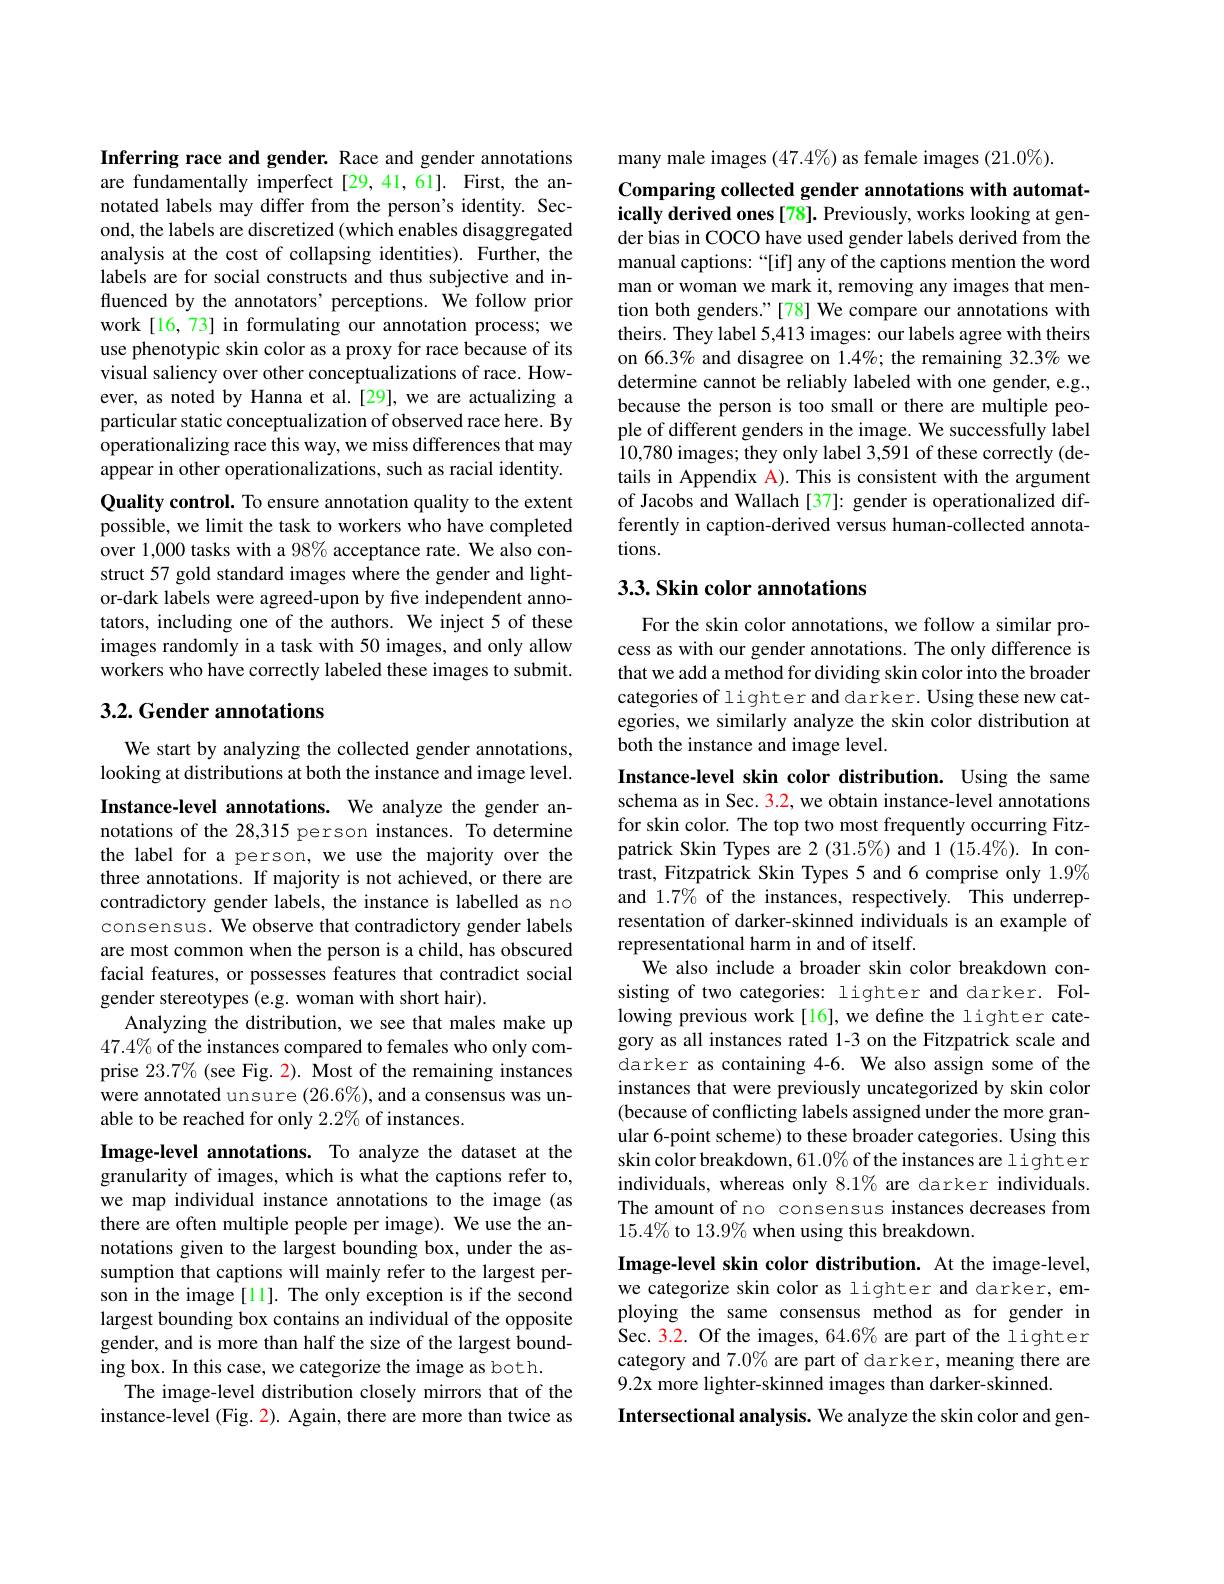
Inferring race and gender. Race and gender annotations are fundamentally imperfect [29,41,61]. First, the annotated labels may differ from the person's identity. Second, the labels are discretized (which enables disaggregated analysis at the cost of collapsing identities). Further, the labels are for social constructs and thus subjective and influenced by the annotators' perceptions. We follow prior work[16,73] in formulating our annotation process; we use phenotypic skin color as a proxy for race because of its visual saliency over other conceptualizations of race. However, as noted by Hanna et al.[29], we are actualizing a particular static conceptualization of observed race here. By operationalizing race this way, we miss differences that may appear in other operationalizations, such as racial identity. Quality control. To ensure annotation quality to the extent possible, we limit the task to workers who have completed over 1,000 tasks with a 98% acceptance rate. We also construct 57 gold standard images where the gender and lightor-dark labels were agreed-upon by five independent annotators, including one of the authors. We inject 5 of these images randomly in a task with 50 images, and only allow workers who have correctly labeled these images to submit.

## $3. 2. \textbf{Gender annotations}$

We start by analyzing the collected gender annotations, looking at distributions at both the instance and image level. Instance-level annotations. We analyze the gender annotations of the 28,315 person instances. To determine the label for a person, we use the majority over the three annotations. If majority is not achieved, or there are contradictory gender labels, the instance is labelled as no consensus. We observe that contradictory gender labels are most common when the person is a child, has obscured facial features, or possesses features that contradict social gender stereotypes (e.g. woman with short hair).
Analyzing the distribution, we see that males make up $47.4\%$ of the instances compared to females who only comprise $23.7\%$ (see Fig. 2). Most of the remaining instances were annotated unsure $(26.6\%)$, and a consensus was unable to be reached for only 2.2% of instances.

Image-level annotations. To analyze the dataset at the granularity of images, which is what the captions refer to, we map individual instance annotations to the image (as there are often multiple people per image). We use the annotations given to the largest bounding box, under the assumption that captions will mainly refer to the largest person in the image [11]. The only exception is if the second largest bounding box contains an individual of the opposite gender, and is more than half the size of the largest bounding box. In this case, we categorize the image as both.
The image-level distribution closely mirrors that of the instance-level (Fig. 2). Again, there are more than twice as

many male images $(47.4\%)$ as female images $(21.0\%)$

Comparing collected gender annotations with automat-

ically derived ones [78]. Previously, works looking at gender bias in COCO have used gender labels derived from the manual captions: “[if] any of the captions mention the word man or woman we mark it, removing any images that mention both genders."[78] We compare our annotations with theirs. They label 5,413 images: our labels agree with theirs on 66.3% and disagree on 1.4%; the remaining 32.3% we determine cannot be reliably labeled with one gender, e.g., because the person is too small or there are multiple people of different genders in the image. We successfully label 10,780 images; they only label 3,591 of these correctly (details in Appendix A). This is consistent with the argument of Jacobs and Wallach [37]: gender is operationalized differently in caption-derived versus human-collected annotations.

## $3. 3. \textbf{Skin color annotations}$

For the skin color annotations, we follow a similar process as with our gender annotations. The only difference is that we add a method for dividing skin color into the broader categories of lighter and darker. Using these new categories, we similarly analyze the skin color distribution at both the instance and image level.

Instance-level skin color distribution. Using the same schema as in Sec. 3.2, we obtain instance-level annotations for skin color. The top two most frequently occurring Fitzpatrick Skin Types are 2 (31.5%) and 1 (15.4%). In contrast, Fitzpatrick Skin Types 5 and 6 comprise only 1.9% and 1.7% of the instances, respectively. This underrepresentation of darker-skinned individuals is an example of representational harm in and of itself.
We also include a broader skin color breakdown consisting of two categories: lighter and darker. Following previous work[16],we define the lighter category as all instances rated 1-3 on the Fitzpatrick scale and darker as containing 4-6. We also assign some of the instances that were previously uncategorized by skin color (because of conflicting labels assigned under the more granular 6-point scheme) to these broader categories. Using this skin color breakdown, $61.0\%$ of the instances are lighter individuals, whereas only 8.1% are darker individuals. The amount of no consensus instances decreases from $15.4\%$ to 13.9% when using this breakdown.
Image-level skin color distribution. At the image-level, we categorize skin color as lighter and darker, employing the same consensus method as for gender in Sec.3.2. Of the images, 64.6% are part of the lighter category and 7.0% are part of darker, meaning there are 9.2x more lighter-skinned images than darker-skinned.
Intersectional analysis. We analyze the skin color and gen-